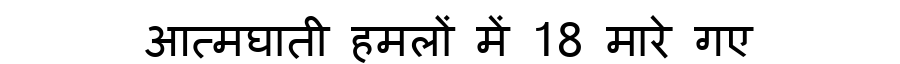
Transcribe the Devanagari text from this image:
आत्मघाती हमलों में 18 मारे गए